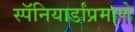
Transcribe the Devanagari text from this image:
स्पॅनियार्डांप्रमाणे